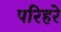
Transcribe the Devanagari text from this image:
परिहरे